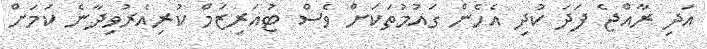
އަދި ރާއްޖެ ފަދަ ކުދި އެހެން ގައުމުތަކަށް ވެސް ޓުއަރިޒަމް ކުރިއެރުވިދާނެ ކަމަށް